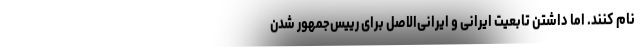
نام کنند. اما داشتن تابعیت ایرانی و ایرانی‌الاصل برای رییس‌جمهور شدن